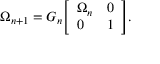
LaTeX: \Omega _ { n + 1 } = G _ { n } { \left[ \begin{array} { l l } { \Omega _ { n } } & { 0 } \\ { 0 } & { 1 } \end{array} \right] } .